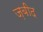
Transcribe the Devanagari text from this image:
ज़बीद